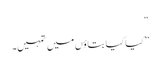
“
”کیا کیا بتاؤں میں تمہیں۔